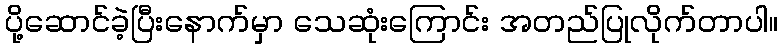
ပို့ဆောင်ခဲ့ပြီးနောက်မှာ သေဆုံးကြောင်း အတည်ပြုလိုက်တာပါ။